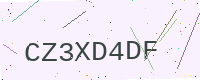
Text: CZ3XD4DF